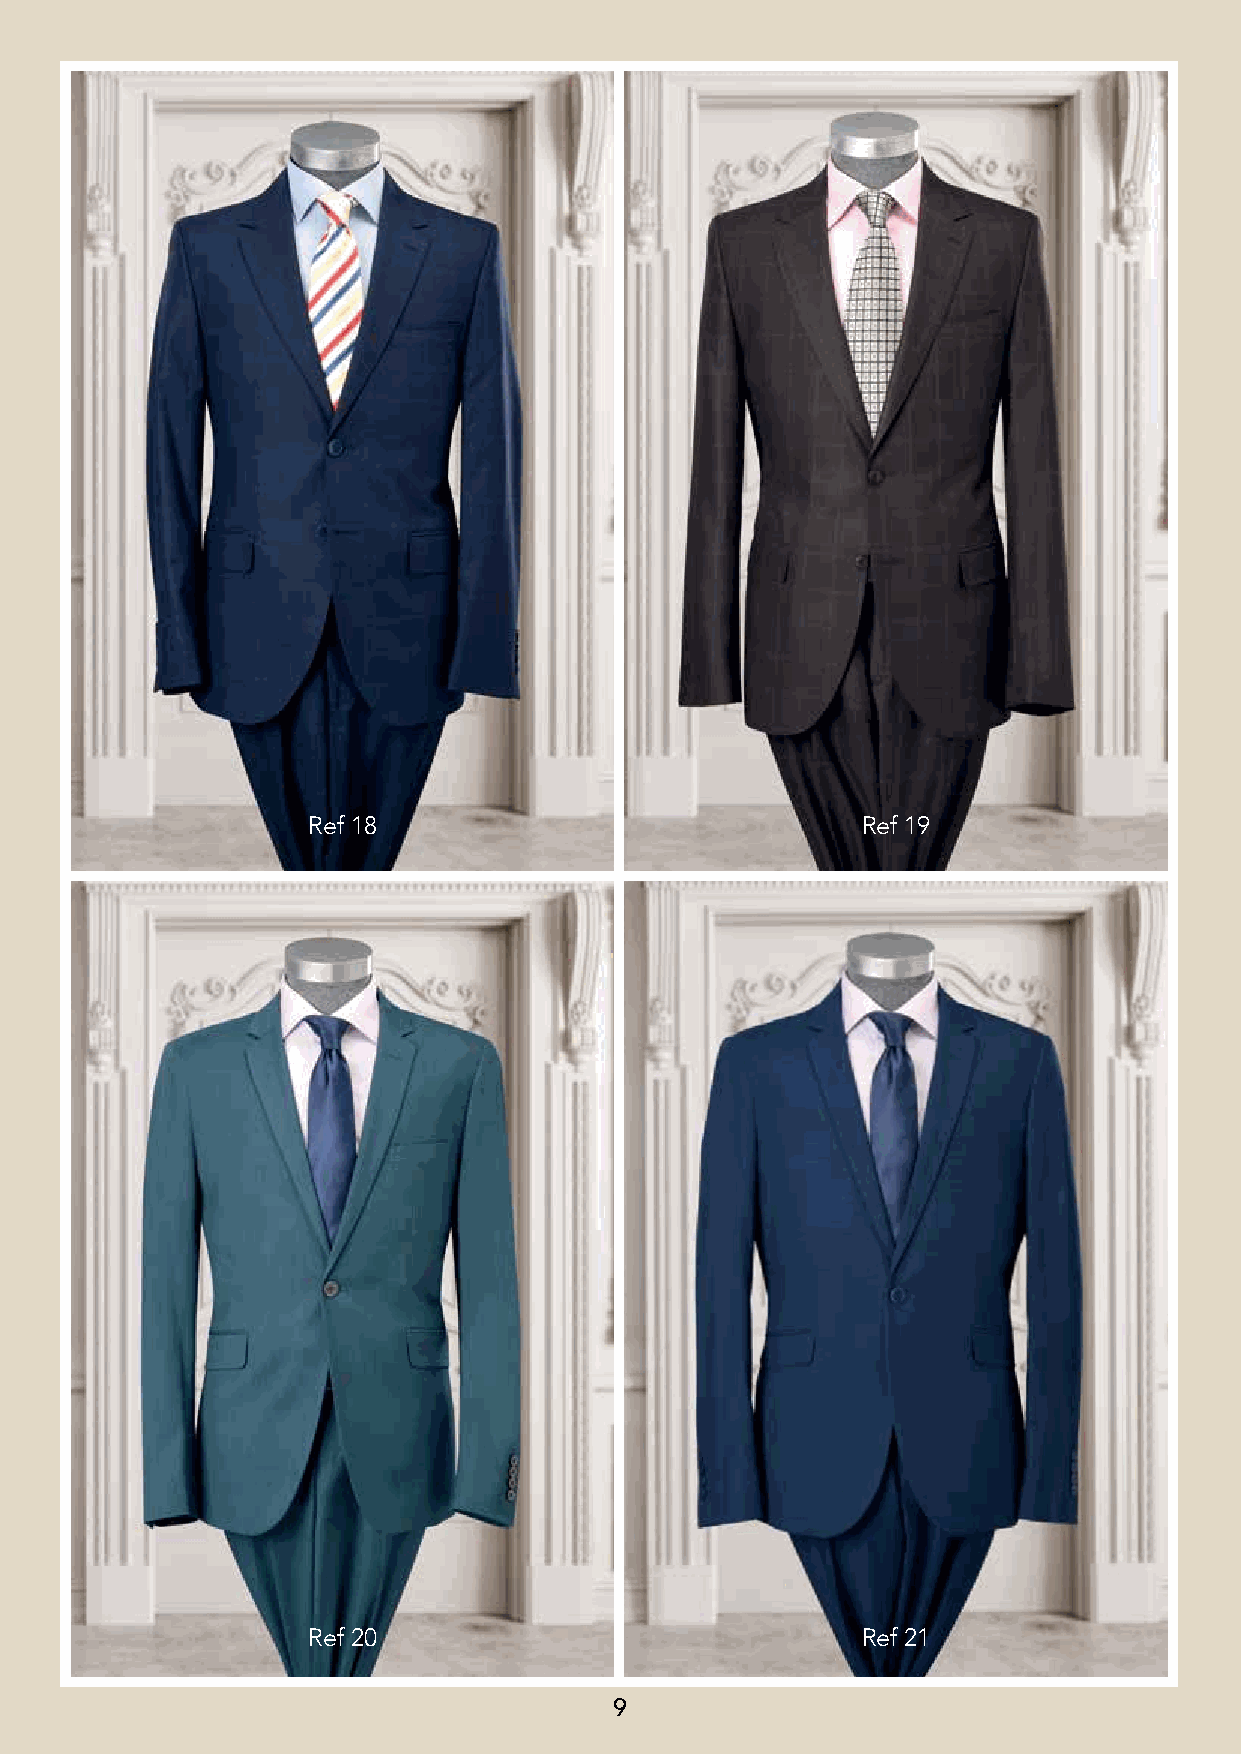
Ref 18                               Ref 19
 Ref 20                               Ref 21
 9